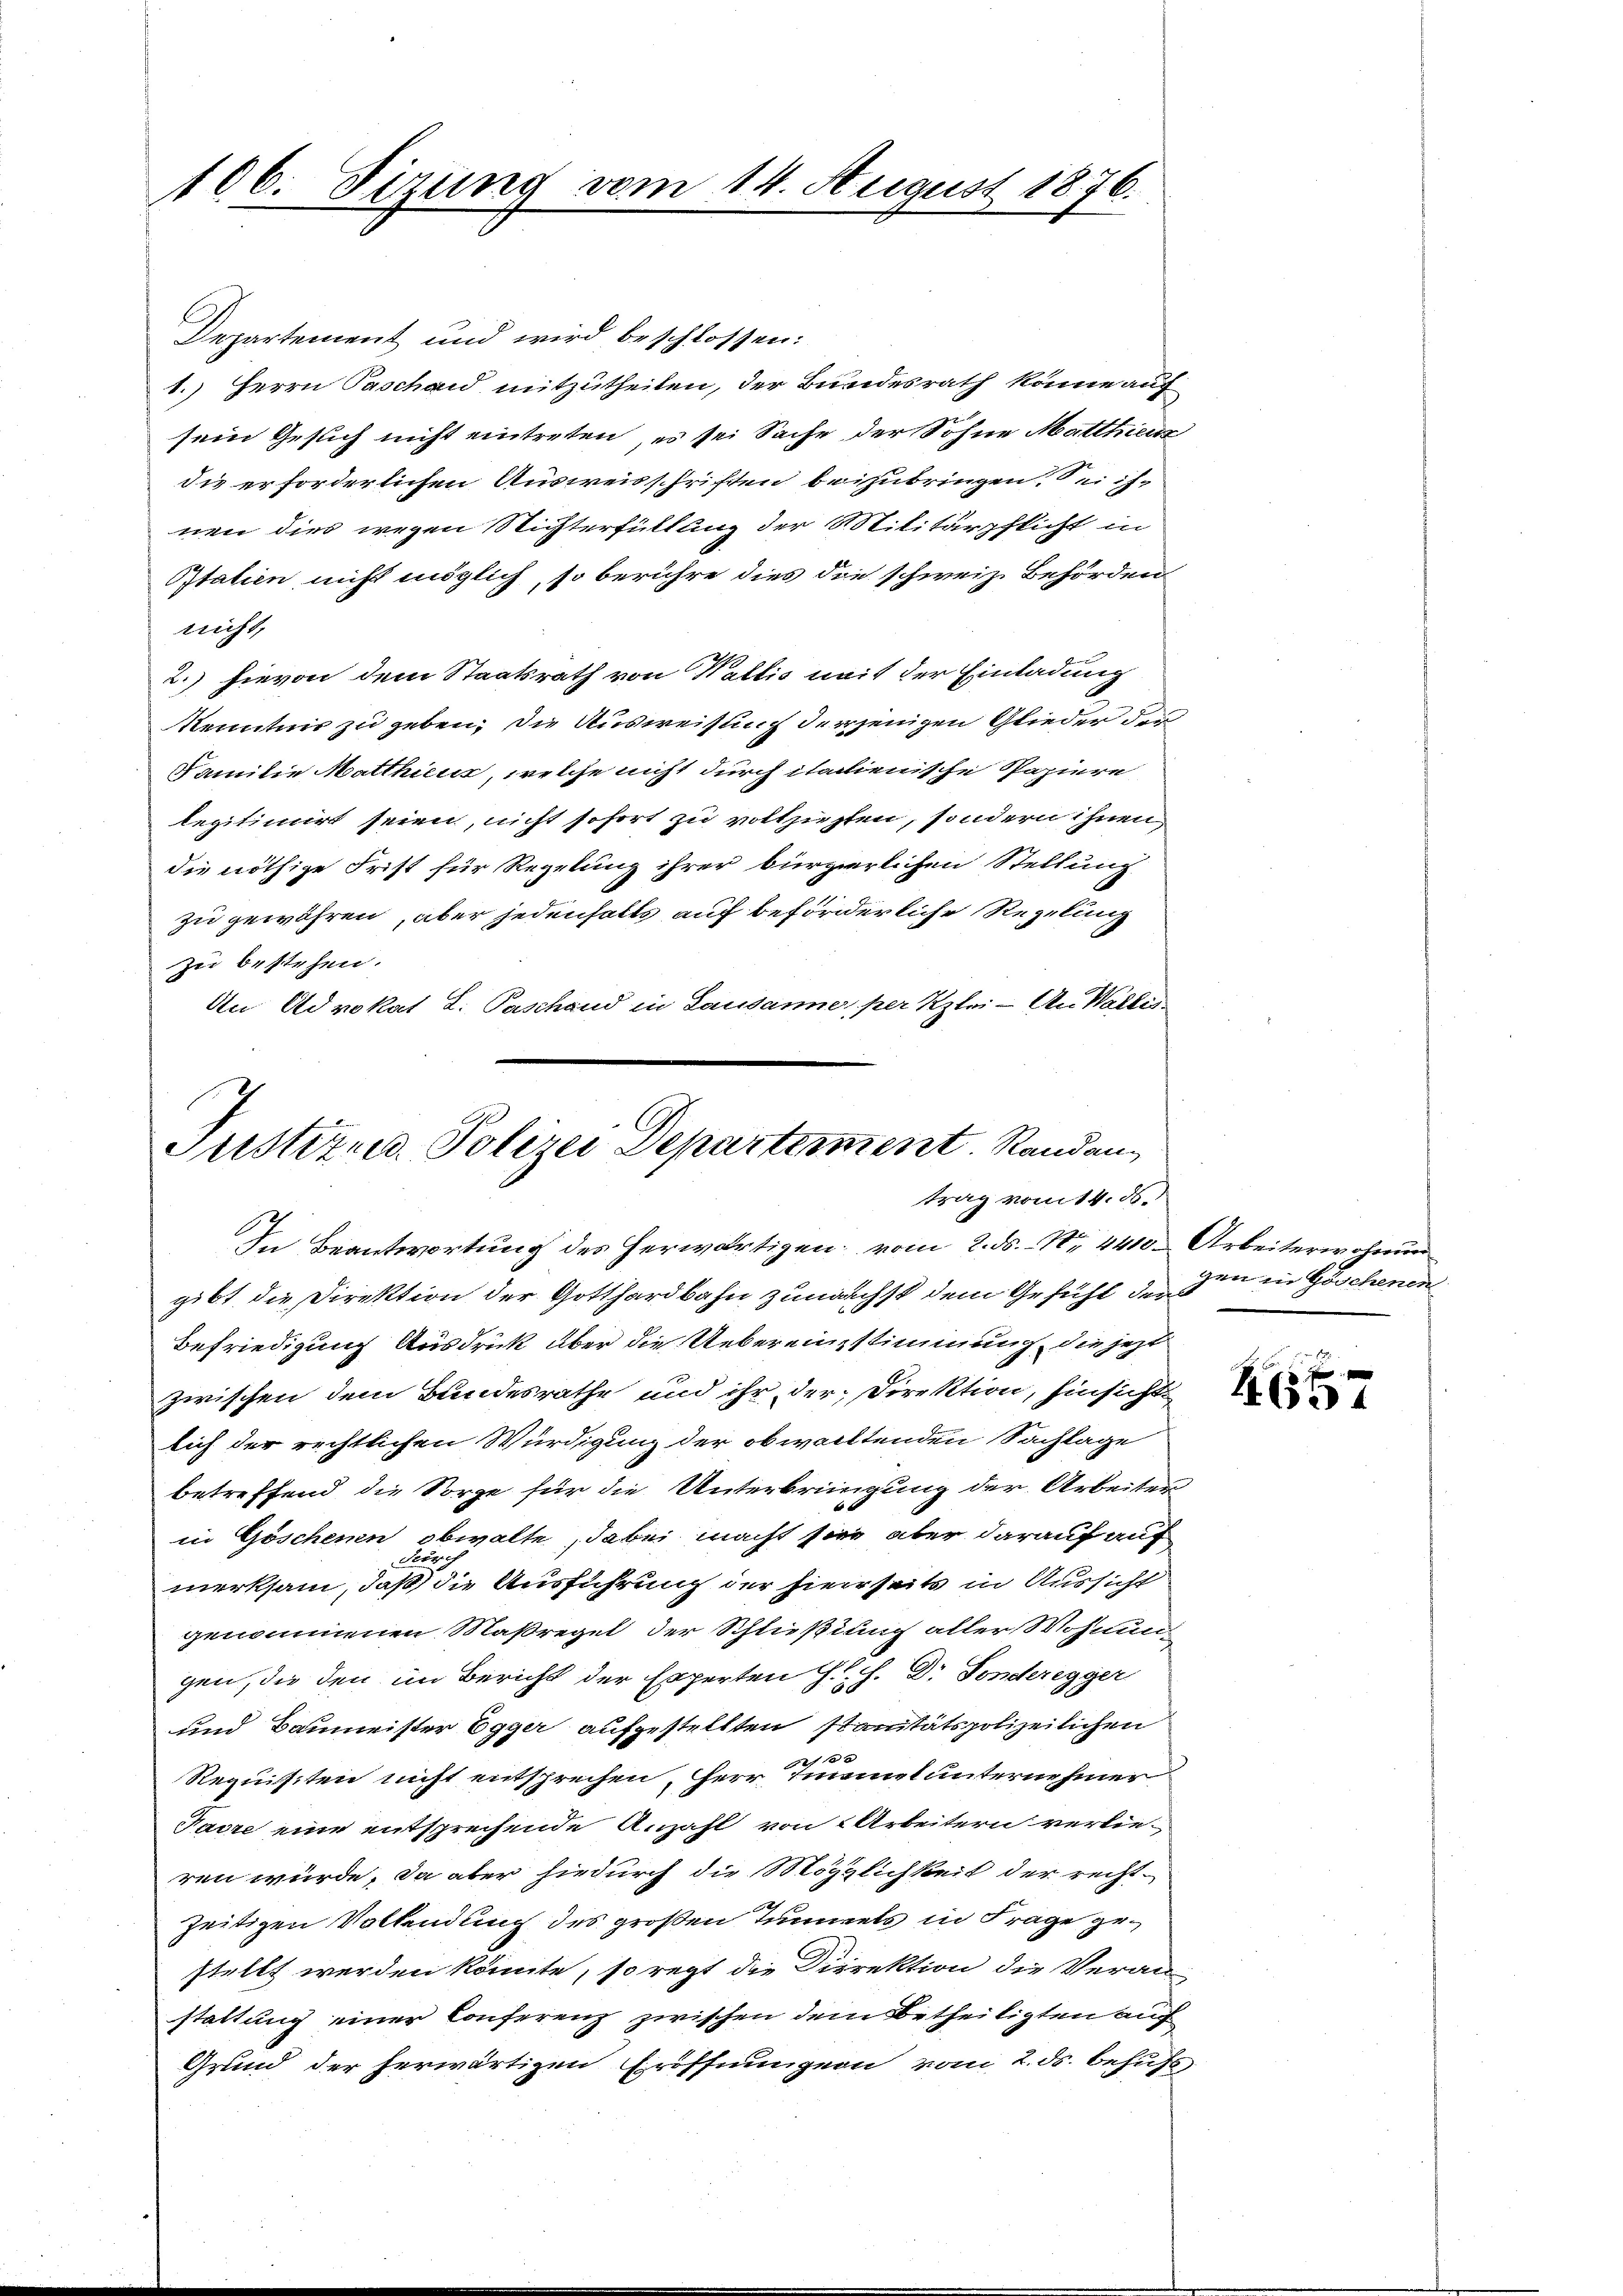
106. Sizung vom 14. August 1876.

Departement und wird beschlossen:
1.) Herrn Paschaid mitzutheilen, der Bundesrath könne auf
sein Gesuch nicht eintreten, es sei Sache der Sohne Matthien
die erforderlichen Ausweisschriften beizubringen. Sei ihnen dies wegen Nichterfüllung der Militärpflicht in
Italien nicht möglich, so berühre dies die schweiz. Behörden
nicht,
2.) hievon dem Staatsrath von Wallis nait der Einladung
Kenntnis zu geben; die Ausweisung derjenigen Glieder der
Familie Matthicus, welche nicht durch italienische Papiere
legitimirt seien, nicht sofort zu vollziehten, sondern ihnen
die nöthige Frist für Regelung ihrer bürgerlichen Stellung
zu gewähren, aber jedenfalls auf beförderliche Regelung
zu bestehen.
An Advokat L. Paschand in Lausanne, per Klei- An Wallis
In Beantwortung des herwärtigen vom 2. ds. Nr. 4410 Arbeiterwohnung
gibt die Direktion der Gotthardbahn zunächst dem Gefühl der
Befriedigung Ausdruck über die Uebereinstimmung, die jetzt
zwischen dem Bundesrathe und ihr der Direktion, hinsicht
lich der rechtlichen Würdigung der obwaltenden Sachlage
betreffend die Sorge für die Unterbringung der Arbeiten
in Göschenen obwalte, dabei macht sein, aber darauf auf
dung
merksam, daß die Ausführung der hierseits in Aussicht
genommen Maßregel der Schließung aller Wohnungen, die den im Bericht der Experten J. H. Dr Fonderegger
und Baumeister Egger aufgestellten stanitätspolizeilichen
Requisiten nicht entsprechen, Herr Tinel unternehmer
Pavre eine entsprechende Anzahl von 2 Arbeitern verlieren würde, da aber hiedurch die Möglichkeit der rechtzeitigen Volkendung des großen Tunnels in Frage gestellt werden könnte, so regt die Direktion die Veran-
stattung einer Conferenz zwischen dem Betheiligten auf
Grund der herwärtigen Eröffnungen vom 2. ds. behufs

Justiz- u. Polizei Departement. Randantrag vom 14. ds.

gen in Göschenen

465